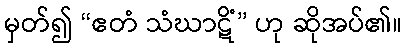
မှတ်၍ “ဧတံ သံဃာဋိံ” ဟု ဆိုအပ်၏။